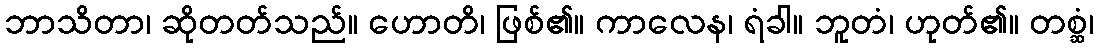
ဘာသိတာ၊ ဆိုတတ်သည်။ ဟောတိ၊ ဖြစ်၏။ ကာလေန၊ ရံခါ။ ဘူတံ၊ ဟုတ်၏။ တစ္ဆံ၊